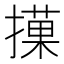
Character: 𢵵